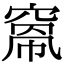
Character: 𥦻